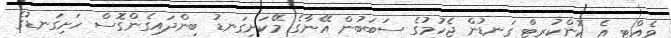
ވެއްޓި އެ ކޮންކުރިޓް ގަނޑުން ޖެހުމުގެ ސަބަބުން އޭނާގެ މޭކަށިގަނޑު ބިންދައިގެންގޮސް ހަށިގަނޑުގެ